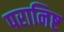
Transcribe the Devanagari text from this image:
परानिष्ट